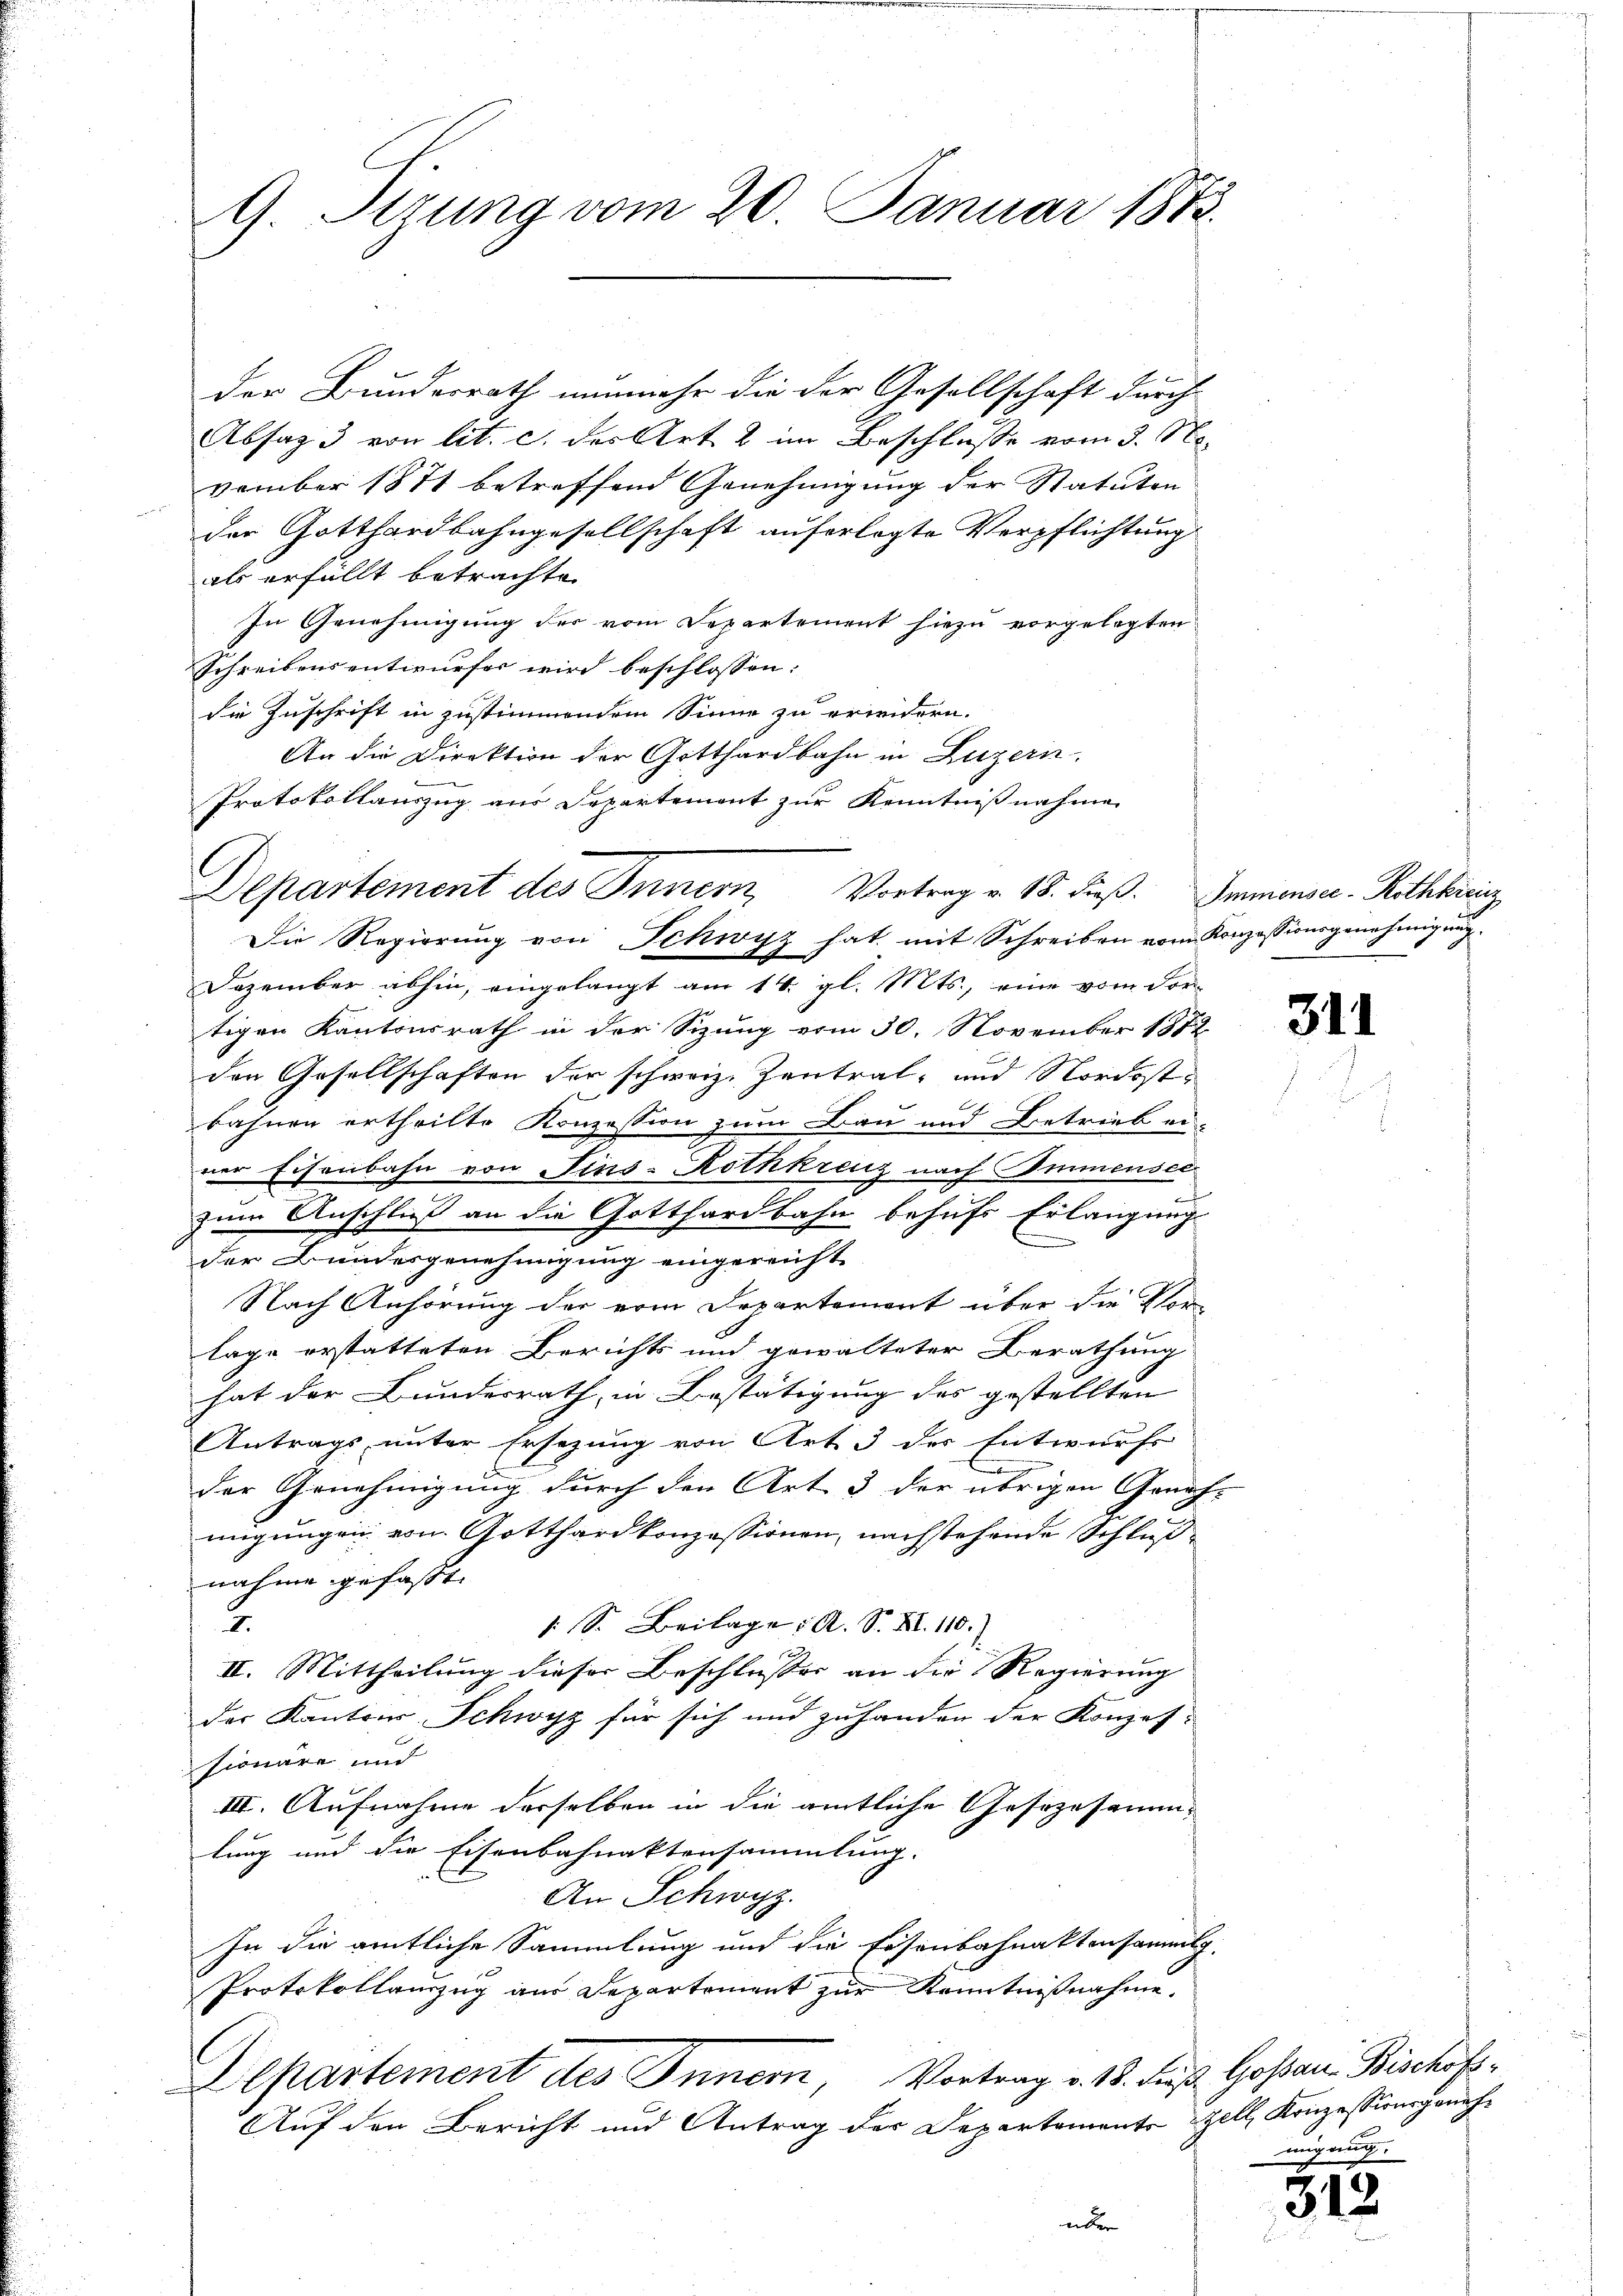
9 Sirung vom 20. Januar 1883.

der Bundesrath nunmehr die der Gesellschaft durch
Absaz 3 von lit. c. der Art & im Beschlusse vom 3. No.
vember 1871 betreffend Genehmigung der Statuten
der Gotthardbahngesellschaft auferlegte Verpflichtung
als erfüllt betrachte.
In Genehmigung der vom Departement hiezu vorgelegten
Schreibens entwurfes wird beschlossen:
die Zuschrift in zustimmendem Sinne zu erweidern.
An die Direktion der Gotthardbahn in Luzern.
Protokollauszug aus Departement zur Kenntnißnahme
i

Departement des Innern, Vortrag v. 18. dieß. Immenser - Rothkreuz
Die Regierung von Schwyz hat mit Schreiben vom Konzessionsgenehmigung

Dezember abhin, eingelangt am 14. gl. Mts., eine vom dor-
tigen Kantonsrath in der Sizung vom 30. November 1872
den Gesellschaften der schweiz. Zentral- und Nordostbahnen ertheilte Konzession zum Bau und Betrieb ei-
ner Eisenbahn von Fins- Rothkreuz nach Immensee
zum Anschluß an die Gotthardbahn behufs Erlangung
der Bundesgenehmigung eingereicht
Nach Anhörung der vom Departement über die Vor-
lage erstatteten Berichts und gewalteter Berathung
hat der Bundesrath, in Bestätigung des gestellten
Antrags unter Ersezung von Art 3 der Entwurfs

der Genehmigung durch den Art 3 der übrigen Geneh-
migungen von Gotthard konzessionen, nachstehende Schlußnahme gefaßt.
I.
: S. Beilage: A. S. XI. 110.)
II. Mittheilung dieser Beschlusser an die Regierung
der Kantons Schwyz für sich und zuhanden der Konzes-
sionäre und
III. Aufnahme derselben in die amtliche Gesezesammlung und die Eisenbahnaktensammlung.
An Schwyz.
In die amtliche Sammlung und die Eisenbahnaktensammlg.
Protokollanzzug aus Departement zur Kenntnißnahme,
Departement des Innern, Vortrag v. 18. dieß Gossari Bischofs¬
Auf den Bericht und Antrag der Departements Zell, Konzessionsgenohüber

311

migaug.

312.